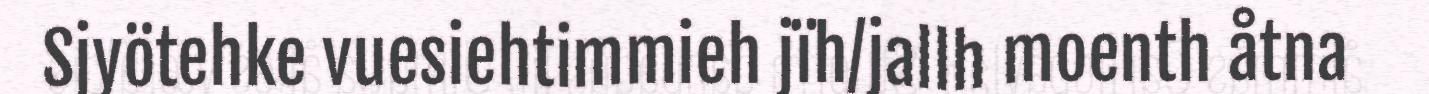
Sjyötehke vuesiehtimmieh jïh/jallh moenth åtna